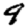
Digit: 9